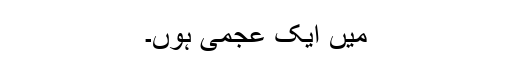
میں ایک عجمی ہوں۔